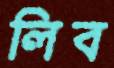
লিব